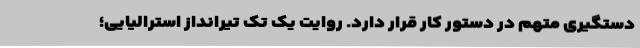
دستگیری متهم در دستور کار قرار دارد. روایت یک تک تیرانداز استرالیایی؛